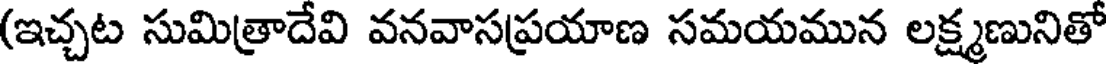
(ఇచ్చట సుమిత్రాదేవి వనవాసప్రయాణ సమయమున లక్ష్మణునితో